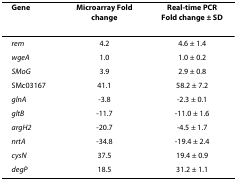
<table><thead><tr><td><b>Gene</b></td><td><b>Microarray Fold change</b></td><td><b>Real-time PCRFold change ± SD</b></td></tr></thead><tbody><tr><td><i>rem</i></td><td>4.2</td><td>4.6 ± 1.4</td></tr><tr><td><i>wgeA</i></td><td>1.0</td><td>1.0 ± 0.2</td></tr><tr><td><i>SMoG</i></td><td>3.9</td><td>2.9 ± 0.8</td></tr><tr><td>SMc03167</td><td>41.1</td><td>58.2 ± 7.2</td></tr><tr><td><i>glnA</i></td><td>-3.8</td><td>-2.3 ± 0.1</td></tr><tr><td><i>gltB</i></td><td>-11.7</td><td>-11.0 ± 1.6</td></tr><tr><td><i>argH2</i></td><td>-20.7</td><td>-4.5 ± 1.7</td></tr><tr><td><i>nrtA</i></td><td>-34.8</td><td>-19.4 ± 2.4</td></tr><tr><td><i>cysN</i></td><td>37.5</td><td>19.4 ± 0.9</td></tr><tr><td><i>degP</i></td><td>18.5</td><td>31.2 ± 1.1</td></tr></tbody></table>